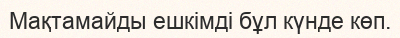
Мақтамайды ешкімді бұл күнде көп.